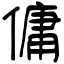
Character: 傭